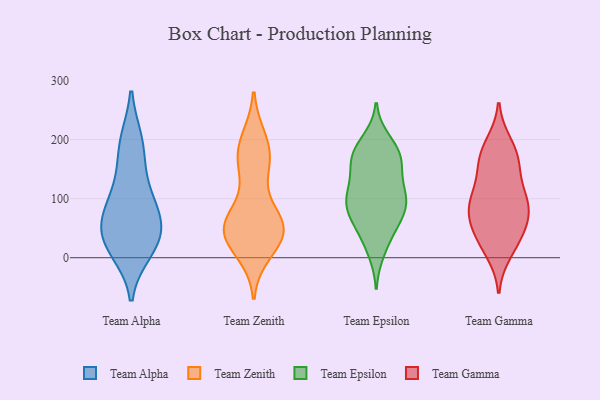
{"axis": {"x": "Energy Usage (MWh)", "y": "Value"}, "legend": ["Team Alpha", "Team Epsilon", "Team Gamma", "Team Zenith"], "data": [{"x": "", "y": 83, "type": "Team Alpha"}, {"x": "", "y": 20, "type": "Team Alpha"}, {"x": "", "y": 138, "type": "Team Alpha"}, {"x": "", "y": 72, "type": "Team Alpha"}, {"x": "", "y": 100, "type": "Team Alpha"}, {"x": "", "y": 31, "type": "Team Alpha"}, {"x": "", "y": 196, "type": "Team Alpha"}, {"x": "", "y": 52, "type": "Team Alpha"}, {"x": "", "y": 192, "type": "Team Alpha"}, {"x": "", "y": 13, "type": "Team Alpha"}, {"x": "", "y": 41, "type": "Team Alpha"}, {"x": "", "y": 42, "type": "Team Zenith"}, {"x": "", "y": 53, "type": "Team Zenith"}, {"x": "", "y": 197, "type": "Team Zenith"}, {"x": "", "y": 59, "type": "Team Zenith"}, {"x": "", "y": 144, "type": "Team Zenith"}, {"x": "", "y": 37, "type": "Team Zenith"}, {"x": "", "y": 10, "type": "Team Zenith"}, {"x": "", "y": 51, "type": "Team Zenith"}, {"x": "", "y": 168, "type": "Team Zenith"}, {"x": "", "y": 161, "type": "Team Zenith"}, {"x": "", "y": 53, "type": "Team Zenith"}, {"x": "", "y": 53, "type": "Team Zenith"}, {"x": "", "y": 47, "type": "Team Zenith"}, {"x": "", "y": 200, "type": "Team Zenith"}, {"x": "", "y": 18, "type": "Team Zenith"}, {"x": "", "y": 175, "type": "Team Zenith"}, {"x": "", "y": 75, "type": "Team Zenith"}, {"x": "", "y": 58, "type": "Team Epsilon"}, {"x": "", "y": 135, "type": "Team Epsilon"}, {"x": "", "y": 27, "type": "Team Epsilon"}, {"x": "", "y": 167, "type": "Team Epsilon"}, {"x": "", "y": 161, "type": "Team Epsilon"}, {"x": "", "y": 108, "type": "Team Epsilon"}, {"x": "", "y": 104, "type": "Team Epsilon"}, {"x": "", "y": 173, "type": "Team Epsilon"}, {"x": "", "y": 85, "type": "Team Epsilon"}, {"x": "", "y": 198, "type": "Team Epsilon"}, {"x": "", "y": 157, "type": "Team Epsilon"}, {"x": "", "y": 179, "type": "Team Epsilon"}, {"x": "", "y": 97, "type": "Team Epsilon"}, {"x": "", "y": 87, "type": "Team Epsilon"}, {"x": "", "y": 94, "type": "Team Epsilon"}, {"x": "", "y": 112, "type": "Team Epsilon"}, {"x": "", "y": 11, "type": "Team Epsilon"}, {"x": "", "y": 60, "type": "Team Epsilon"}, {"x": "", "y": 61, "type": "Team Epsilon"}, {"x": "", "y": 184, "type": "Team Epsilon"}, {"x": "", "y": 102, "type": "Team Gamma"}, {"x": "", "y": 32, "type": "Team Gamma"}, {"x": "", "y": 73, "type": "Team Gamma"}, {"x": "", "y": 95, "type": "Team Gamma"}, {"x": "", "y": 61, "type": "Team Gamma"}, {"x": "", "y": 26, "type": "Team Gamma"}, {"x": "", "y": 156, "type": "Team Gamma"}, {"x": "", "y": 192, "type": "Team Gamma"}, {"x": "", "y": 77, "type": "Team Gamma"}, {"x": "", "y": 50, "type": "Team Gamma"}, {"x": "", "y": 168, "type": "Team Gamma"}, {"x": "", "y": 10, "type": "Team Gamma"}, {"x": "", "y": 97, "type": "Team Gamma"}, {"x": "", "y": 104, "type": "Team Gamma"}, {"x": "", "y": 180, "type": "Team Gamma"}, {"x": "", "y": 152, "type": "Team Gamma"}]}